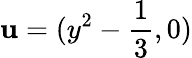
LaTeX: \mathbf{u}=(y^{2}-\frac{{1}}{{3}},0)